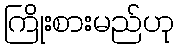
ကြိုးစားမည်ဟု